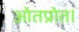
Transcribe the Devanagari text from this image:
ओतप्रोत।